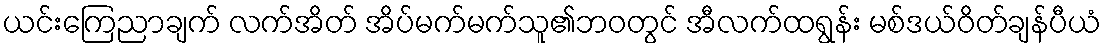
ယင်းကြေညာချက် လက်အိတ် အိပ်မက်မက်သူ၏ဘ၀တွင် အီလက်ထရွန်း မစ်ဒယ်ဝိတ်ချန်ပီယံ